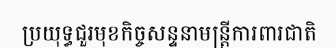
ប្រយុទ្ធជួរមុខកិច្ចសន្ទនាមន្ត្រីការពារជាតិ